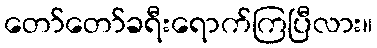
တော်တော်ခရီးရောက်ကြပြီလား။